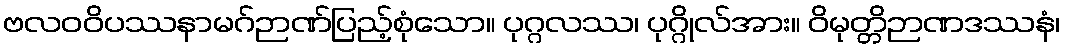
ဗလဝဝိပဿနာမဂ်ဉာဏ်ပြည့်စုံသော။ ပုဂ္ဂလဿ၊ ပုဂ္ဂိုလ်အား။ ဝိမုတ္တိဉာဏဒဿနံ၊